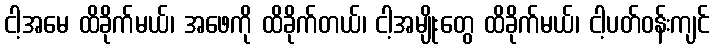
ငါ့အမေ ထိခိုက်မယ်၊ အဖေကို ထိခိုက်တယ်၊ ငါ့အမျိုးတွေ ထိခိုက်မယ်၊ ငါ့ပတ်ဝန်းကျင်